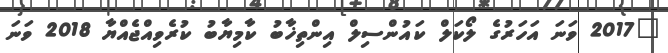
"2017 ވަނަ އަހަރުގެ ލޯކަލް ކައުންސިލް އިންތިޚާބު ކާމިޔާބު ކުރެވިއްޖެއްޔާ 2018 ވަނަ